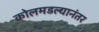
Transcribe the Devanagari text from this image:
कोलमडल्यानंतर